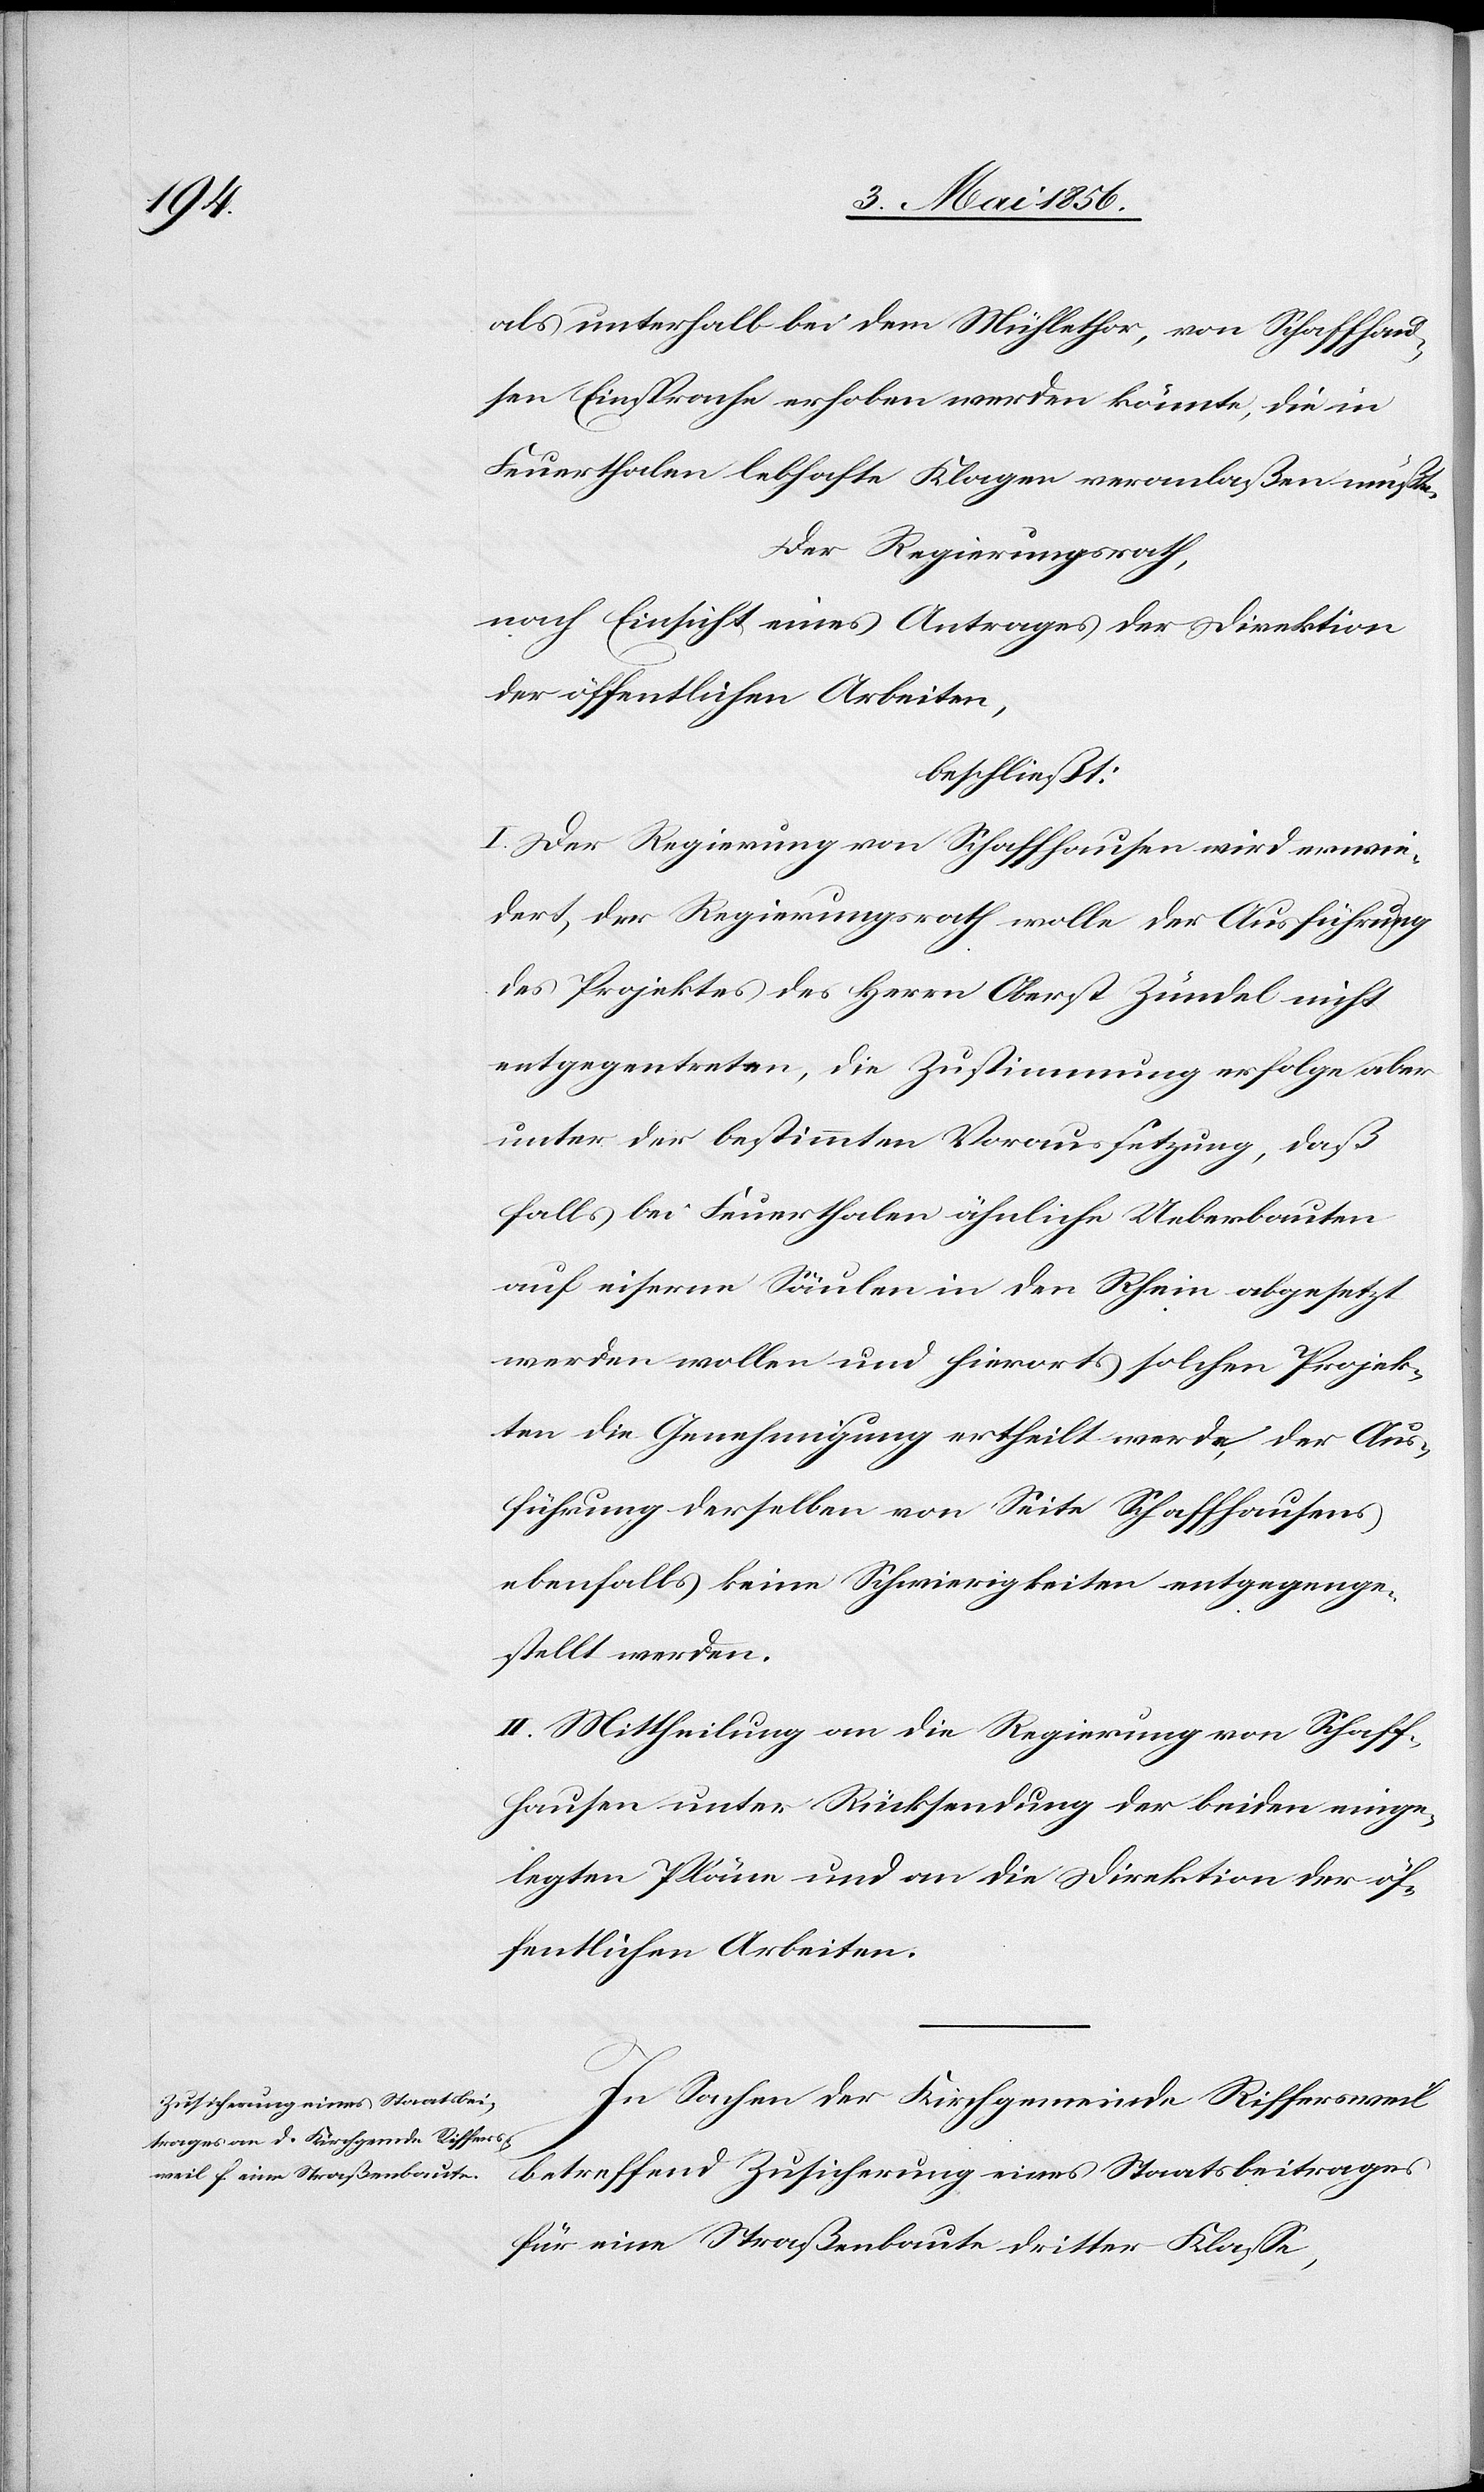
als unterhalb bei dem Mühlethor, von Schaffhau¬
sen Einsprache erhoben werden könnte, die in
Feuerthalen lebhafte Klagen veranlaßen müßte.
Der Regierungsrath,
nach Einsicht eines Antrages der Direktion
der öffentlichen Arbeiten,
beschließt:
I. Der Regierung von Schaffhausen wird erwie¬
dert, der Regierungsrath wolle der Ausführung
des Projektes des Herrn Oberst Zündel nicht
entgegentreten, die Zustimmung erfolge aber
unter der bestimmten Voraussetzung, daß
falls bei Feuerthalen ähnliche Ueberbauten
auf eiserne Säulen in den Rhein abgesetzt
werden wollen und hierorts solchen Projek¬
ten die Genehmigung ertheilt werde, der Aus¬
führung derselben von Seite Schaffhausens
ebenfalls keine Schwierigkeiten entgegenge¬
stellt werden.
II. Mittheilung an die Regierung von Schaff¬
hausen unter Rücksendung der beiden einge¬
legten Pläne und an die Direktion der öf¬
fentlichen Arbeiten.
In Sachen der Kirchgemeinde Riffersweil
betreffend Zusicherung eines Staatsbeitrages
für eine Straßenbaute dritter Klasse,